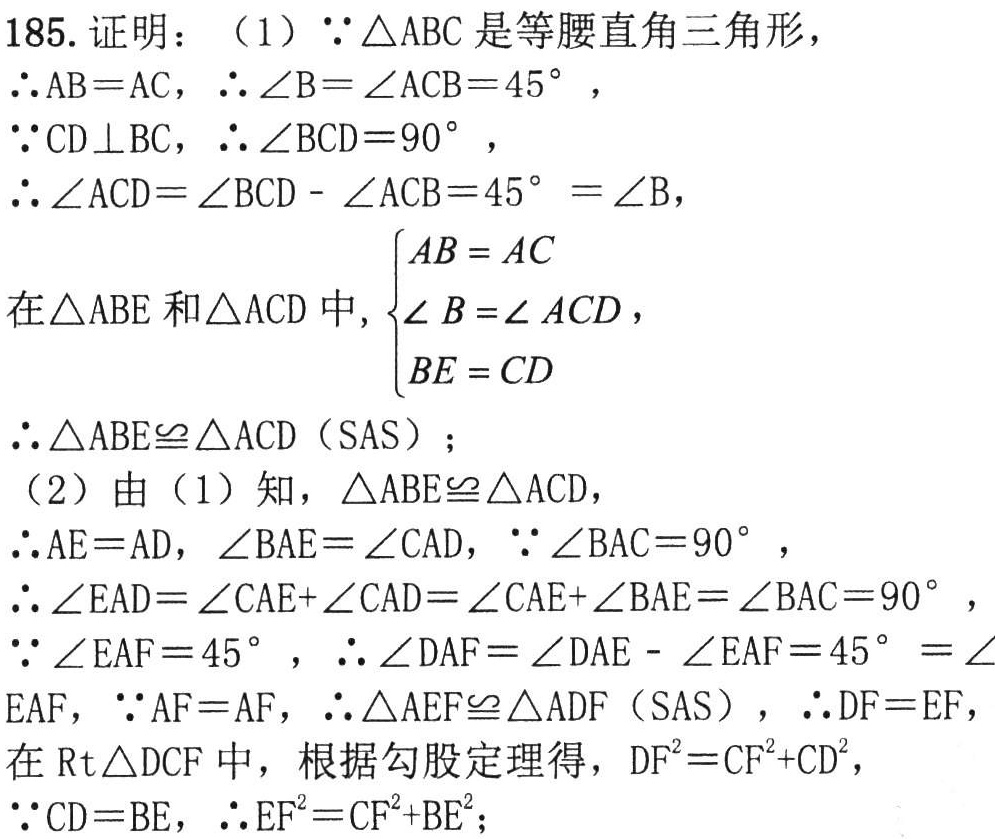
185. 证明：（1）\(\because\triangle ABC\)是等腰直角三角形，
\(\therefore AB = AC\)，\(\therefore\angle B=\angle ACB = 45^{\circ}\)，
\(\because CD\perp BC\)，\(\therefore\angle BCD = 90^{\circ}\)，
\(\therefore\angle ACD=\angle BCD-\angle ACB = 45^{\circ}=\angle B\)，
在\(\triangle ABE\)和\(\triangle ACD\)中, \(\begin{cases}AB = AC\\\angle B=\angle ACD\\BE = CD\end{cases}\)，
\(\therefore\triangle ABE\cong\triangle ACD\)（SAS）；
（2）由（1）知，\(\triangle ABE\cong\triangle ACD\)，
\(\therefore AE = AD\)，\(\angle BAE=\angle CAD\)，\(\because\angle BAC = 90^{\circ}\)，
\(\therefore\angle EAD=\angle CAE+\angle CAD=\angle CAE+\angle BAE=\angle BAC = 90^{\circ}\)，
\(\because\angle EAF = 45^{\circ}\)，\(\therefore\angle DAF=\angle DAE-\angle EAF = 45^{\circ}=\angle\)
\(EAF\)，\(\because AF = AF\)，\(\therefore\triangle AEF\cong\triangle ADF\)（SAS），\(\therefore DF = EF\)，
在\(\text{Rt}\triangle DCF\)中，根据勾股定理得，\(DF^{2}=CF^{2}+CD^{2}\)，
\(\because CD = BE\)，\(\therefore EF^{2}=CF^{2}+BE^{2}\)；